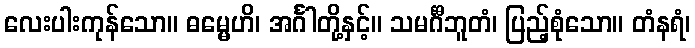
လေးပါးကုန်သော။ ဓမ္မေဟိ၊ အင်္ဂါတို့နှင့်။ သမင်္ဂီဘူတံ၊ ပြည့်စုံသော။ တံနရံ၊